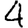
Digit: 4